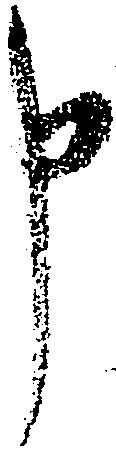
申